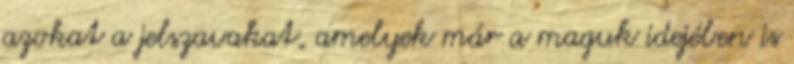
azokat a jelszavakat, amelyek már a maguk idejében is